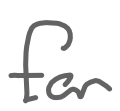
Text: for
Cross-out: clean
Writing tool: digital_gray